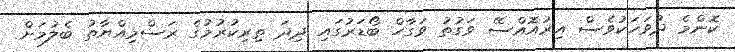
ކޮންމެ ދުވަހަކުވެސް އިރުއޮއްސޭ ވަގުތު ވަގާހް ބޯޑަރުގައި ދިދަ ތިރިކުރުމުގެ ރަސްމިއްޔާތު ބެލުމަށް